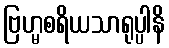
ဗြဟ္မစရိယသာရုပ္ပါနိ